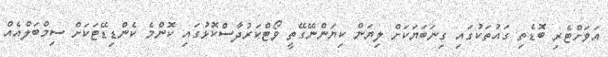
އަވަށްޓެރި ބޮޑެތި ގައުތަކުގައި ގިނަބަޔަކަށް ލިޔަން ކިޔަންނޭގޭތީ ވޯޓްކަރުދާސްކޮޅުގައި ކޮންމެ ކެންޑިޑޭޓަކަށް ސިމްބަލްއެއް